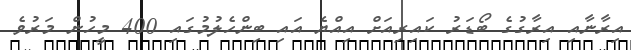
އިރާނާއި އިރާގުގެ ބޯޑަރު ކައިރިއަށް އިއްޔެ އައި ބިންހެލުމުގައި 400 މީހުން މަރުވެ